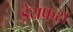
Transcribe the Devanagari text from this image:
ड्रेयफस